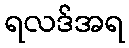
ရလဒ်အရ